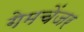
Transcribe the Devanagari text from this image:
गेमचेंजर